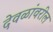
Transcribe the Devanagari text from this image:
देवळांवरील